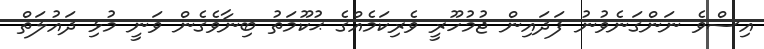
އިސްވެ ނަންގަނެވުނު ފަދައިން ޖުމުހޫރީ ވެރިކަމެއްގެ ޙުކޫމަތު ބިނާވެގެން ވަނީ މުޅި ދައުލަތް